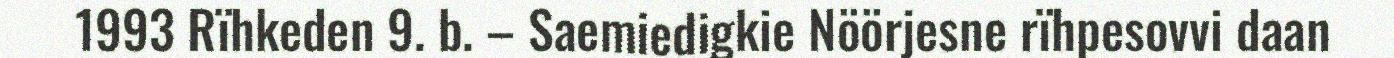
1993 Rïhkeden 9. b. – Saemiedigkie Nöörjesne rïhpesovvi daan